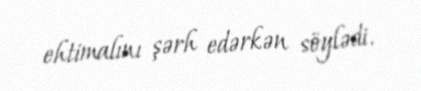
ehtimalını şərh edərkən söylədi.